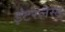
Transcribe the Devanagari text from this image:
इंटरलैस्ड